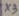
Text: X3